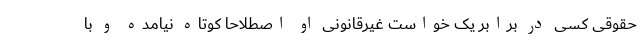
حقوقی کسی در برابر یک خواست غیرقانونی او اصطلاحاً کوتاه نیامده و با